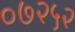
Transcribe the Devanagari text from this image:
०७२५२